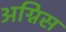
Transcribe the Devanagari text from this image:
अग्निस